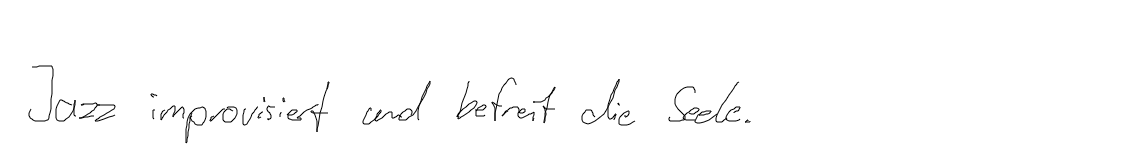
Jazz improvisiert und befreit die Seele.